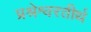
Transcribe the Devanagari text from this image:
प्रश्रेश्वरतीर्थ